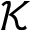
\mathcal { K }